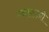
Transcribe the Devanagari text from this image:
ग्वाराओ